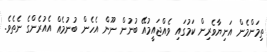
ތިމަންމެން އަނިޔާވެރިން ކަމުގައި ވެއްޖައީމުއޭ ބުނުން ނޫން އެހެން ބުނުމެއް އެއުރެންގެ ނެތެވެ.